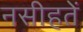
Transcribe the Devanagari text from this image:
नसीहतें